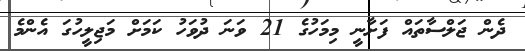
ދެން ޖަލްސާތައް ފަށާނީ މިމަހުގެ 21 ވަނަ ދުވަހު ކަމަށް މަޖިލީހުގަ އެންމެ